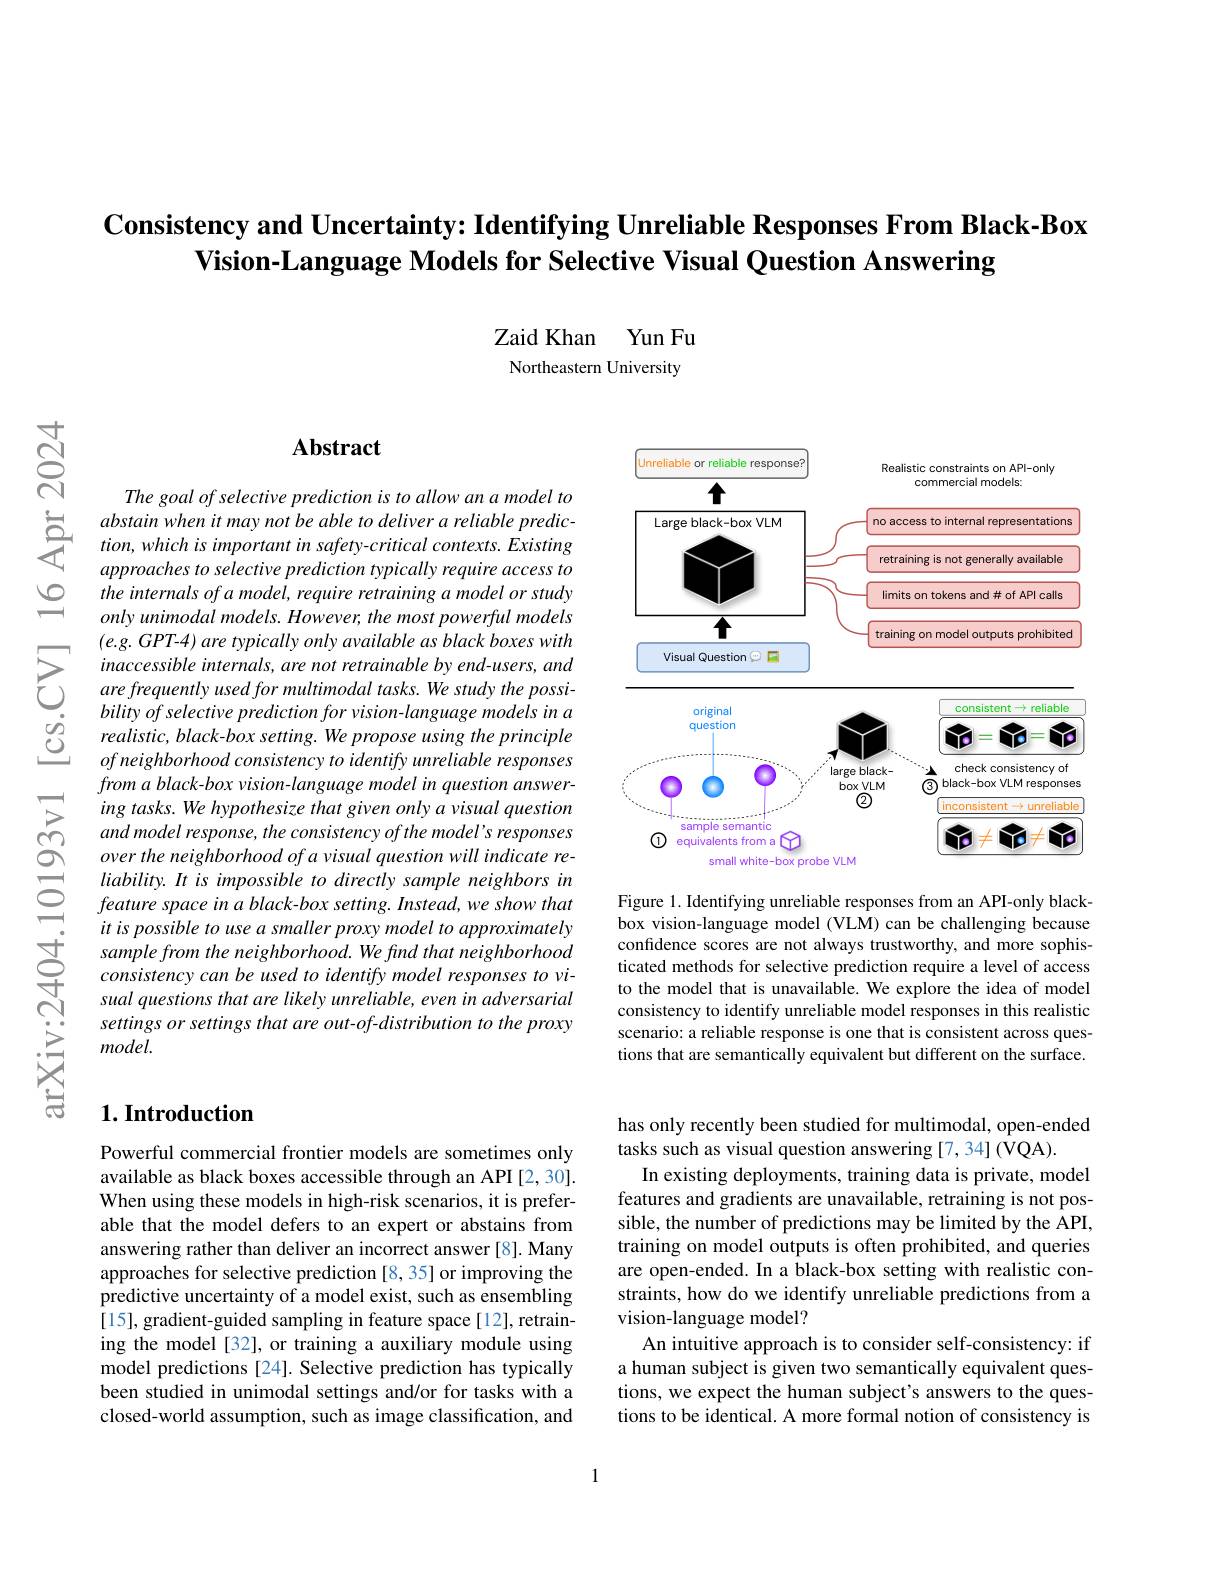
## Consistency and Uncertainty: Identifying Unreliable Responses From Black-Box Vision-Language Models for S

Zaid Khan Yun Fu Northeastern University

$ഇ$

$ଟ୍ରੱ$

## $\mathbf{Abstract}$

The goal of selective prediction is to allow an a model to
abstain when it may not
the internals of a model, require retraining a model or study only unimodal models. Howeve
$\sum_{\begin{array}{lll}&\text{(e.g. GPT-4) are typically only available as black boxes with}\\&\text{inaccessible internals, are not retrainable by end-users, and}\\&\text{are frequently used for multimodal tasks. We study the possi-}\\&\text{bilivo of selective nrediction for vision-lanau}\end{array}}$ $\begin{array}{lll}{}bility~of~selective~prediction~for~visi\end{array}$
ofneighborhoodconsistencytoidentifyunreliableresponses from a black-box vision-language model in question answering tasks. We hypothesize that given only a visual question and model response, the consistency of the model's responses over the neighborhood of a visual question will indicate reliability. It is impossible to directly sample neighbors in feature space in a black-box setting. Instead, we show that
itis possible to use a smaller proxy model t
sual questions that are likely unreliable, even in adversarial settings or settings that ar model.

### $1. \textbf{Introduction}$

Powerful commercial frontier available as black boxes acc When using these models in high-risk scenarios, it is preferable that the model defers t answering rather than deliver an incorrect answer [8]. Many approaches for selective pre predictive uncertainty of a model exist, such as ensembling [15], gradient-guided sampli ing the model [32], or train model predictions [24]. Selective prediction has typically been studied in unimodal settings and/or for tasks with a closed-world assumption, such as image classification, and

<FigureHere>

Figure 1. Identifying unreliable responses from an API-only blackbox vision-language model (VLM) can be challenging because consistency to identify unreliable model responses in this realistic scenario: a reliable response is one that is consistent across questions that are semantically equivalent but different on the surface.

has only recently been studied for multimodal, open-ended
tasks such as visual question answering [7,34] (VQA).
In existing deployments, training data is private, model features and gradients are unavailable, retraining is not possible, the number of predictions may be limited by the API, training on model outputs is often prohibited, and queries are open-ended. In a black-box setting with realistic constraints, how do we identify unreliable predictions from a vision-language model?
An intuitive approach is to consider self-consistency: if a human subject is given two semantically equivalent questions, we expect the human subject's answers to the questions to be identical. A more formal notion of consistency is